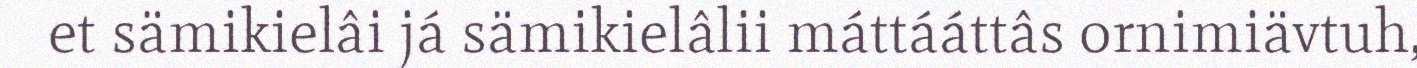
et sämikielâi já sämikielâlii máttááttâs ornimiävtuh,